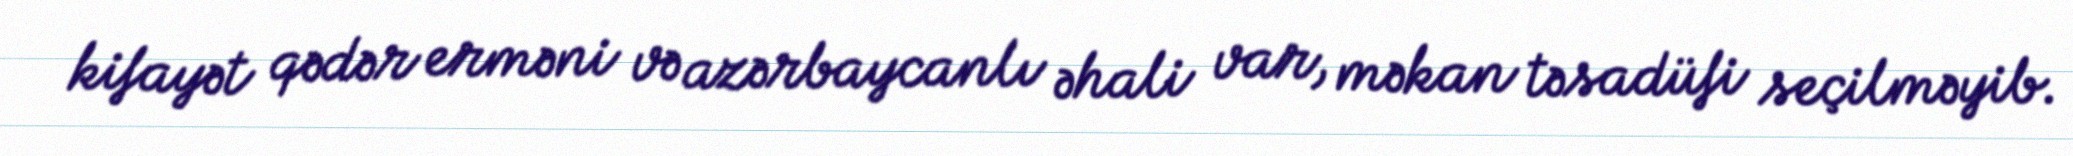
kifayət qədər erməni və azərbaycanlı əhali var, məkan təsadüfi seçilməyib.